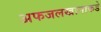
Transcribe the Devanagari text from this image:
अफजलखानाकडे